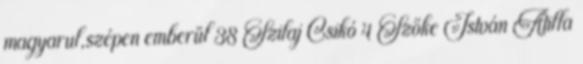
magyarul,szépen emberül 38 Szilaj Csikó 4 Szőke István Atilla